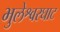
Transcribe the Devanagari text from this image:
भुलेश्वरघाट